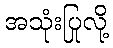
အသုံးပြုလို့